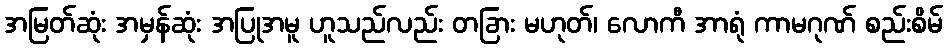
အမြတ်ဆုံး အမှန်ဆုံး အပြုအမူ ဟူသည်လည်း တခြား မဟုတ်၊ လောကီ အာရုံ ကာမဂုဏ် စည်းစိမ်